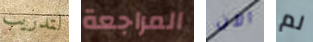
لتدريب المراجعة الآن لم